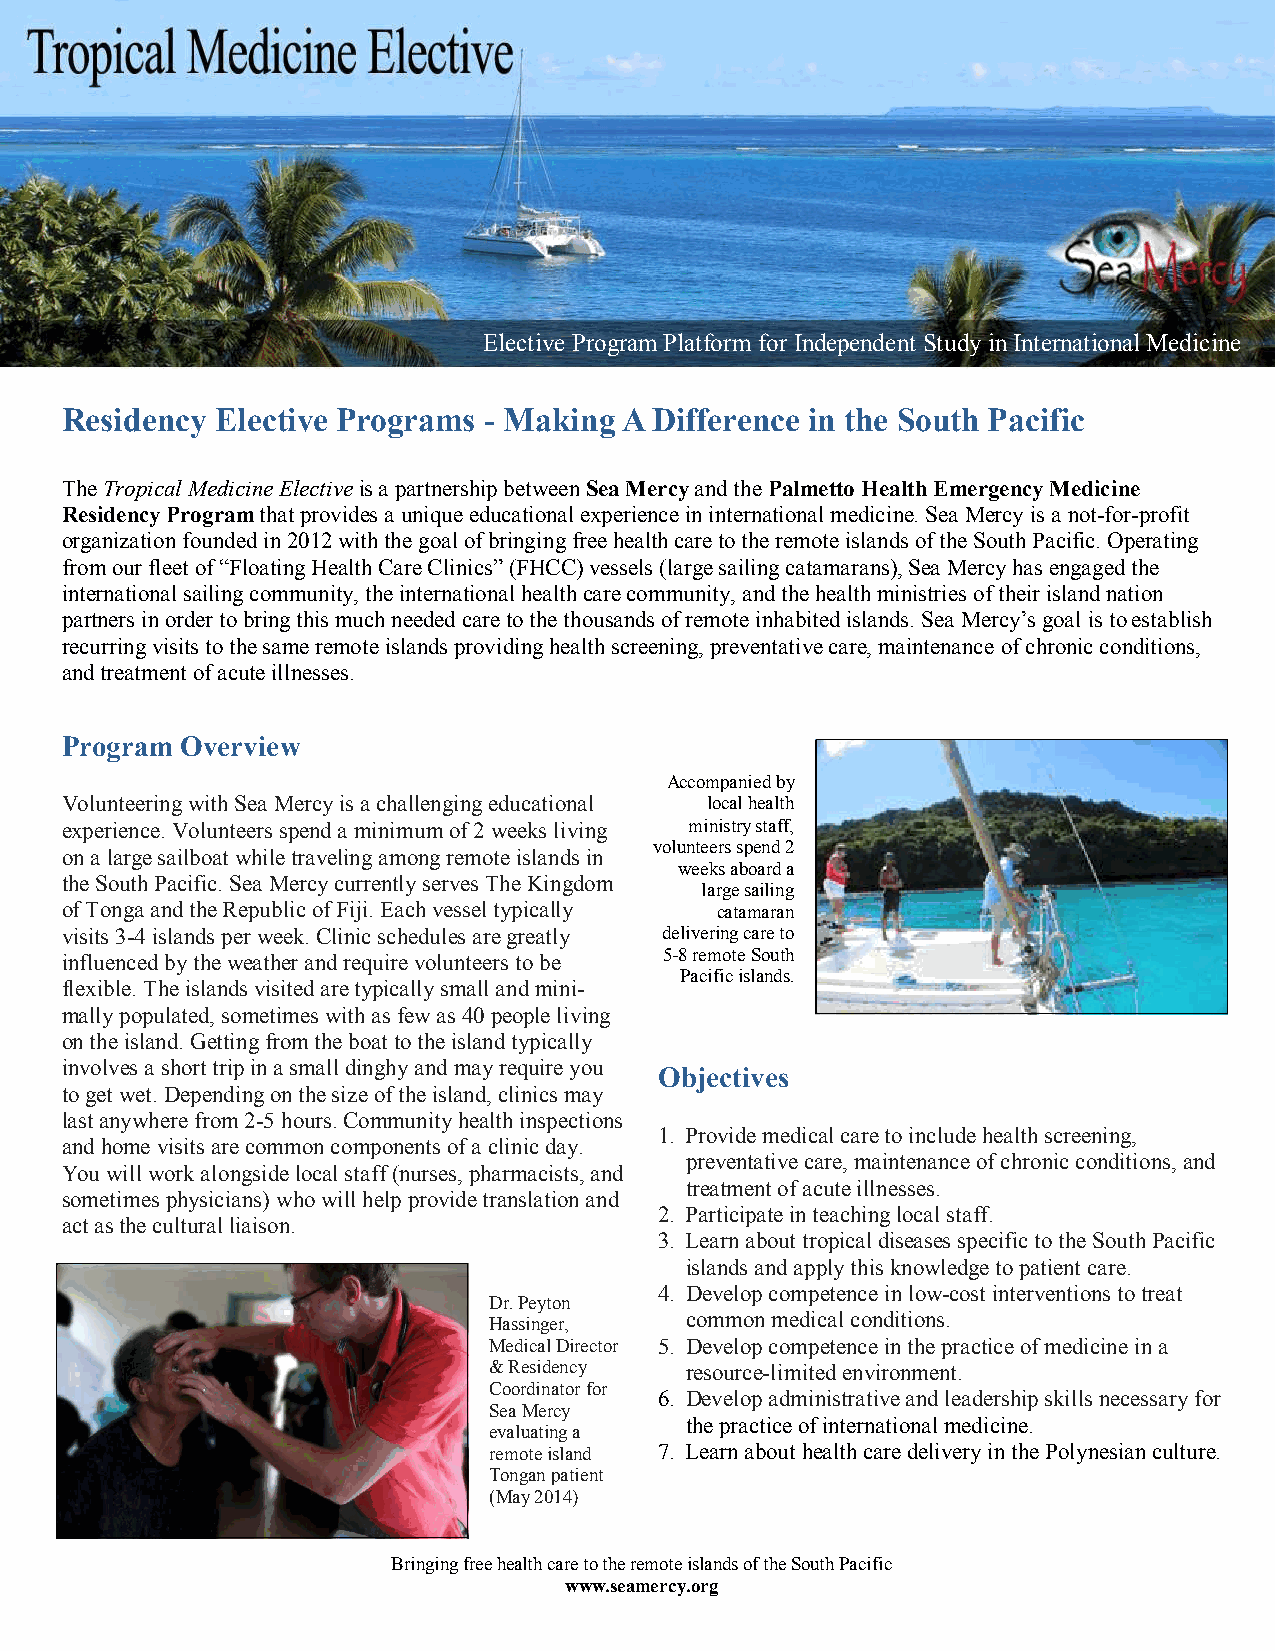
Elective Program Platform for Independent Study in International Medicine
 Residency Elective Programs - Making A Difference in the South Pacific
 The Tropical Medicine Elective is a partnership between Sea Mercy and the Palmetto Health Emergency Medicine
 Residency Program that provides a unique educational experience in international medicine. Sea Mercy is a not-for-profit
 organization founded in 2012 with the goal of bringing free health care to the remote islands of the South Pacific. Operating
 from our fleet of “Floating Health Care Clinics” (FHCC) vessels (large sailing catamarans), Sea Mercy has engaged the
 international sailing community, the international health care community, and the health ministries of their island nation
 partners in order to bring this much needed care to the thousands of remote inhabited islands. Sea Mercy’s goal is to establish
 recurring visits to the same remote islands providing health screening, preventative care, maintenance of chronic conditions,
 and treatment of acute illnesses.
 Program Overview
 Accompanied by
 Volunteering with Sea Mercy is a challenging educational local health
 experience. Volunteers spend a minimum of 2 weeks living ministry staff,
 volunteers spend 2
 on a large sailboat while traveling among remote islands in
 weeks aboard a
 the South Pacific. Sea Mercy currently serves The Kingdom
 large sailing
 of Tonga and the Republic of Fiji. Each vessel typically catamaran
 visits 3-4 islands per week. Clinic schedules are greatly delivering care to
 influenced by the weather and require volunteers to be 5-8 remote South
 Pacific islands.
 flexible. The islands visited are typically small and mini-
 mally populated, sometimes with as few as 40 people living
 on the island. Getting from the boat to the island typically
 involves a short trip in a small dinghy and may require you
 Objectives
 to get wet. Depending on the size of the island, clinics may
 last anywhere from 2-5 hours. Community health inspections
 1. Provide medical care to include health screening,
 and home visits are common components of a clinic day.
 preventative care, maintenance of chronic conditions, and
 You will work alongside local staff (nurses, pharmacists, and
 treatment of acute illnesses.
 sometimes physicians) who will help provide translation and
 2. Participate in teaching local staff.
 act as the cultural liaison.
 3. Learn about tropical diseases specific to the South Pacific
 islands and apply this knowledge to patient care.
 4. Develop competence in low-cost interventions to treat
 Dr. Peyton
 Hassinger,   common medical conditions.
 Medical Director 5. Develop competence in the practice of medicine in a
 & Residency  resource-limited environment.
 Coordinator for
 6. Develop administrative and leadership skills necessary for
 Sea Mercy
 the practice of international medicine.
 evaluating a
 remote island 7. Learn about health care delivery in the Polynesian culture.
 Tongan patient
 (May 2014)
 Bringing free health care to the remote islands of the South Pacific
 www.seamercy.org